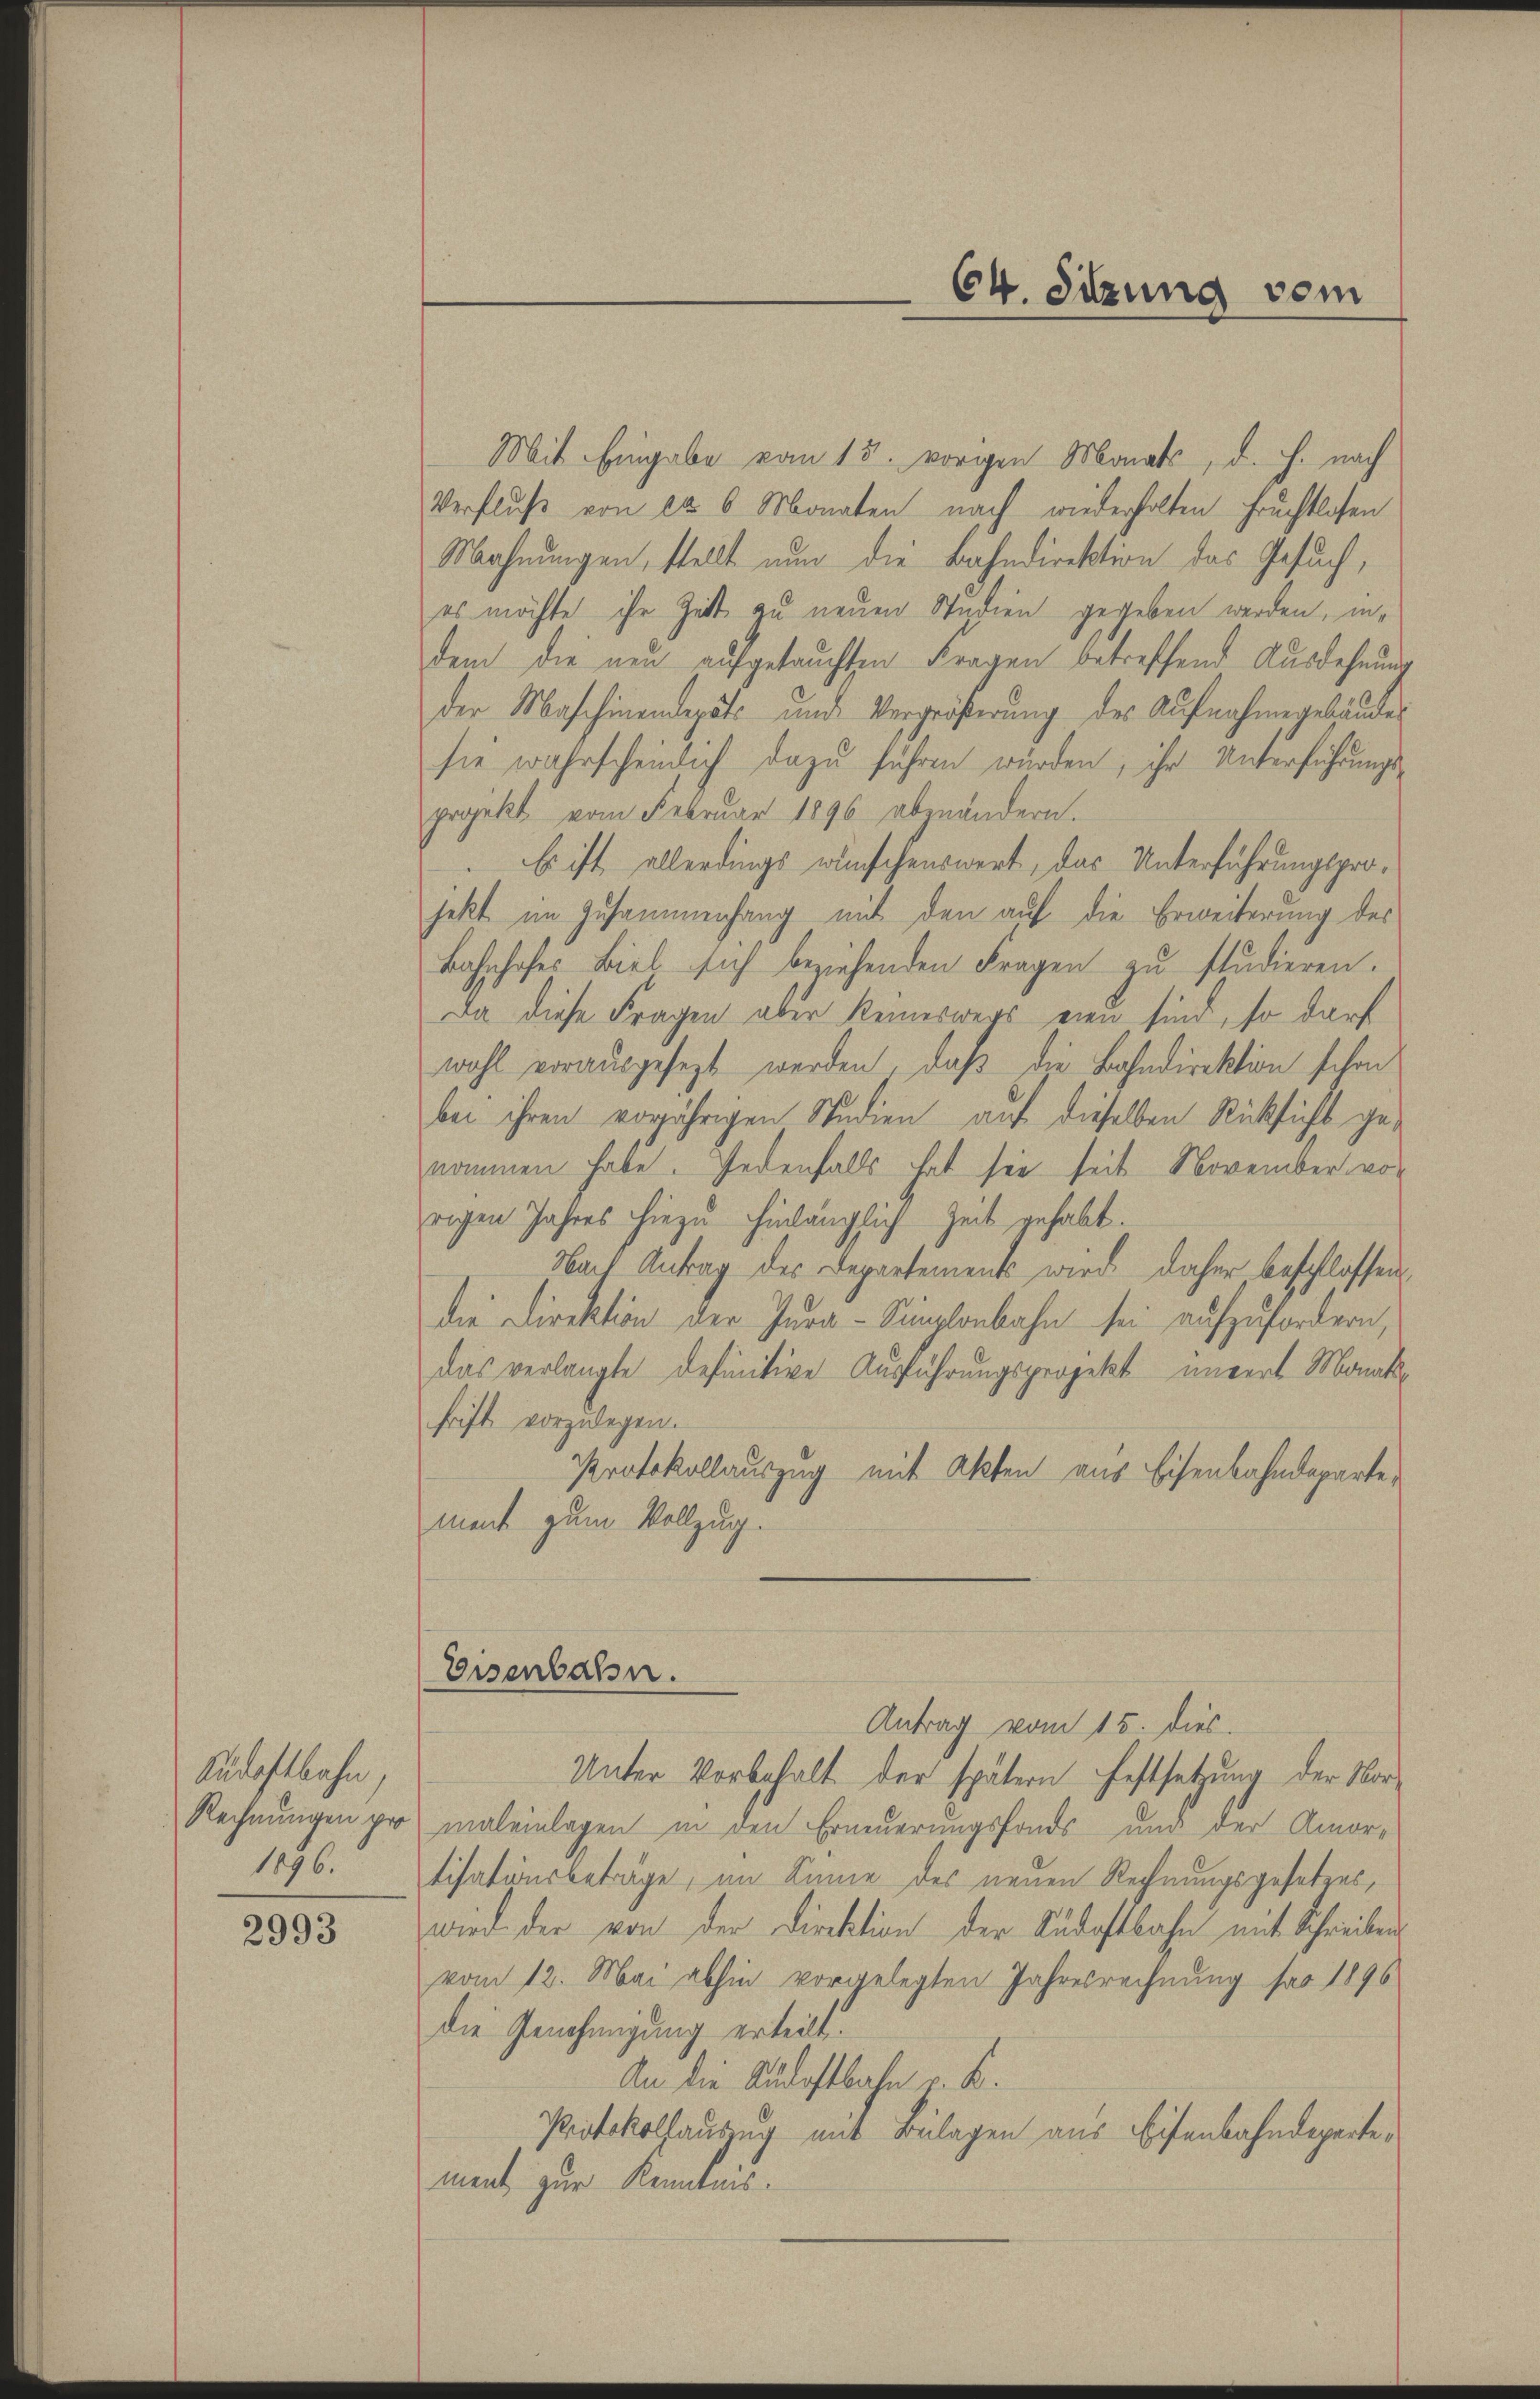
Südostbahn,
1896.

2993

Mit Eingabe vom 15. vorigen Monats, d. h. nach
Verfluß von ca 6 Monaten nach wiederholten Fruchtlosen
Mahnungen, stellt nun die Bahndirektion das Gesuch,
es möchte ihr Zeit zu neuen Studien gegeben werden, indem die neu aufgetauchten Fragen betreffend Ausdehnung
der Maschinendepäts und Vergrößerung des Aufnahmegebäude
sie wahrscheinlich dazu führen würden, ihr Unterführungs-
projekt vom Februar 1896 ebenändern.
Es ist allerdings wünschenswert, das Unterführungsprojekt im Zusammenfang mit den auf die Erweiterung des
Bahnhofes Biel sich beziehenden Fragen zu studieren.
Da diese Fragen aber keineswegs eine sind, so darf
wohl vorausgesezt werden, daß die Bahndirektion schon
bei ihren vorjährigen Studien auf dieselben Rücksicht genommen habe. Jedenfalls hat sie seit November vor
rigen Jahres hiezu hinlänglich Zeit gehabt.
Nach Antrag des Departements wird daher beschlossen,
die Direktion der Jura-Simplonbahn sei aufzufordern,
das verlangte definitive Ausführungsprojekt unvert Monatfrift vorzulegen.
Protokollauszug mit Akten aus Eisenbahndepartement zum Vollzug.
Eisenbahn.
Antrag vom 15. dies
Unter Vorbehalt der spätern Festsetzung der Vor-
Rechnungen pro maleinlagen in den Erneuerungsfonds und der Amor-
tisationsbeträge, im Sinne des neuen Rechnungsgesetzes,
wird der von der Direktion der Südostbahn mit Schreiben
vom 12. Mai abhin vorgelegten Jahresrechnung far 1896
die Genehmigung erteilt.
An die Audostbahn v. K.
Protokollauszug mit Beilagen aus Eisenbahndepartement zur Kenntnis.

C4. Sitzung vom